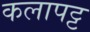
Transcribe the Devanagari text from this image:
कलापट्ट